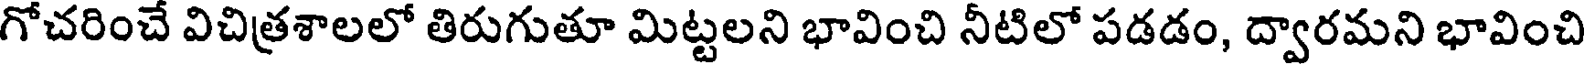
గోచరించే విచిత్రశాలలో తిరుగుతూ మిట్టలని భావించి నీటిలో పడడం, ద్వారమని భావించి